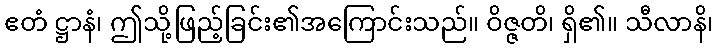
ဧတံ ဋ္ဌာနံ၊ ဤသို့ဖြည့်ခြင်း၏အကြောင်းသည်။ ဝိဇ္ဇတိ၊ ရှိ၏။ သီလာနိ၊